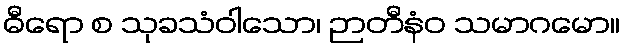
ဓီရော စ သုခသံဝါသော၊ ဉာတီနံဝ သမာဂမော။